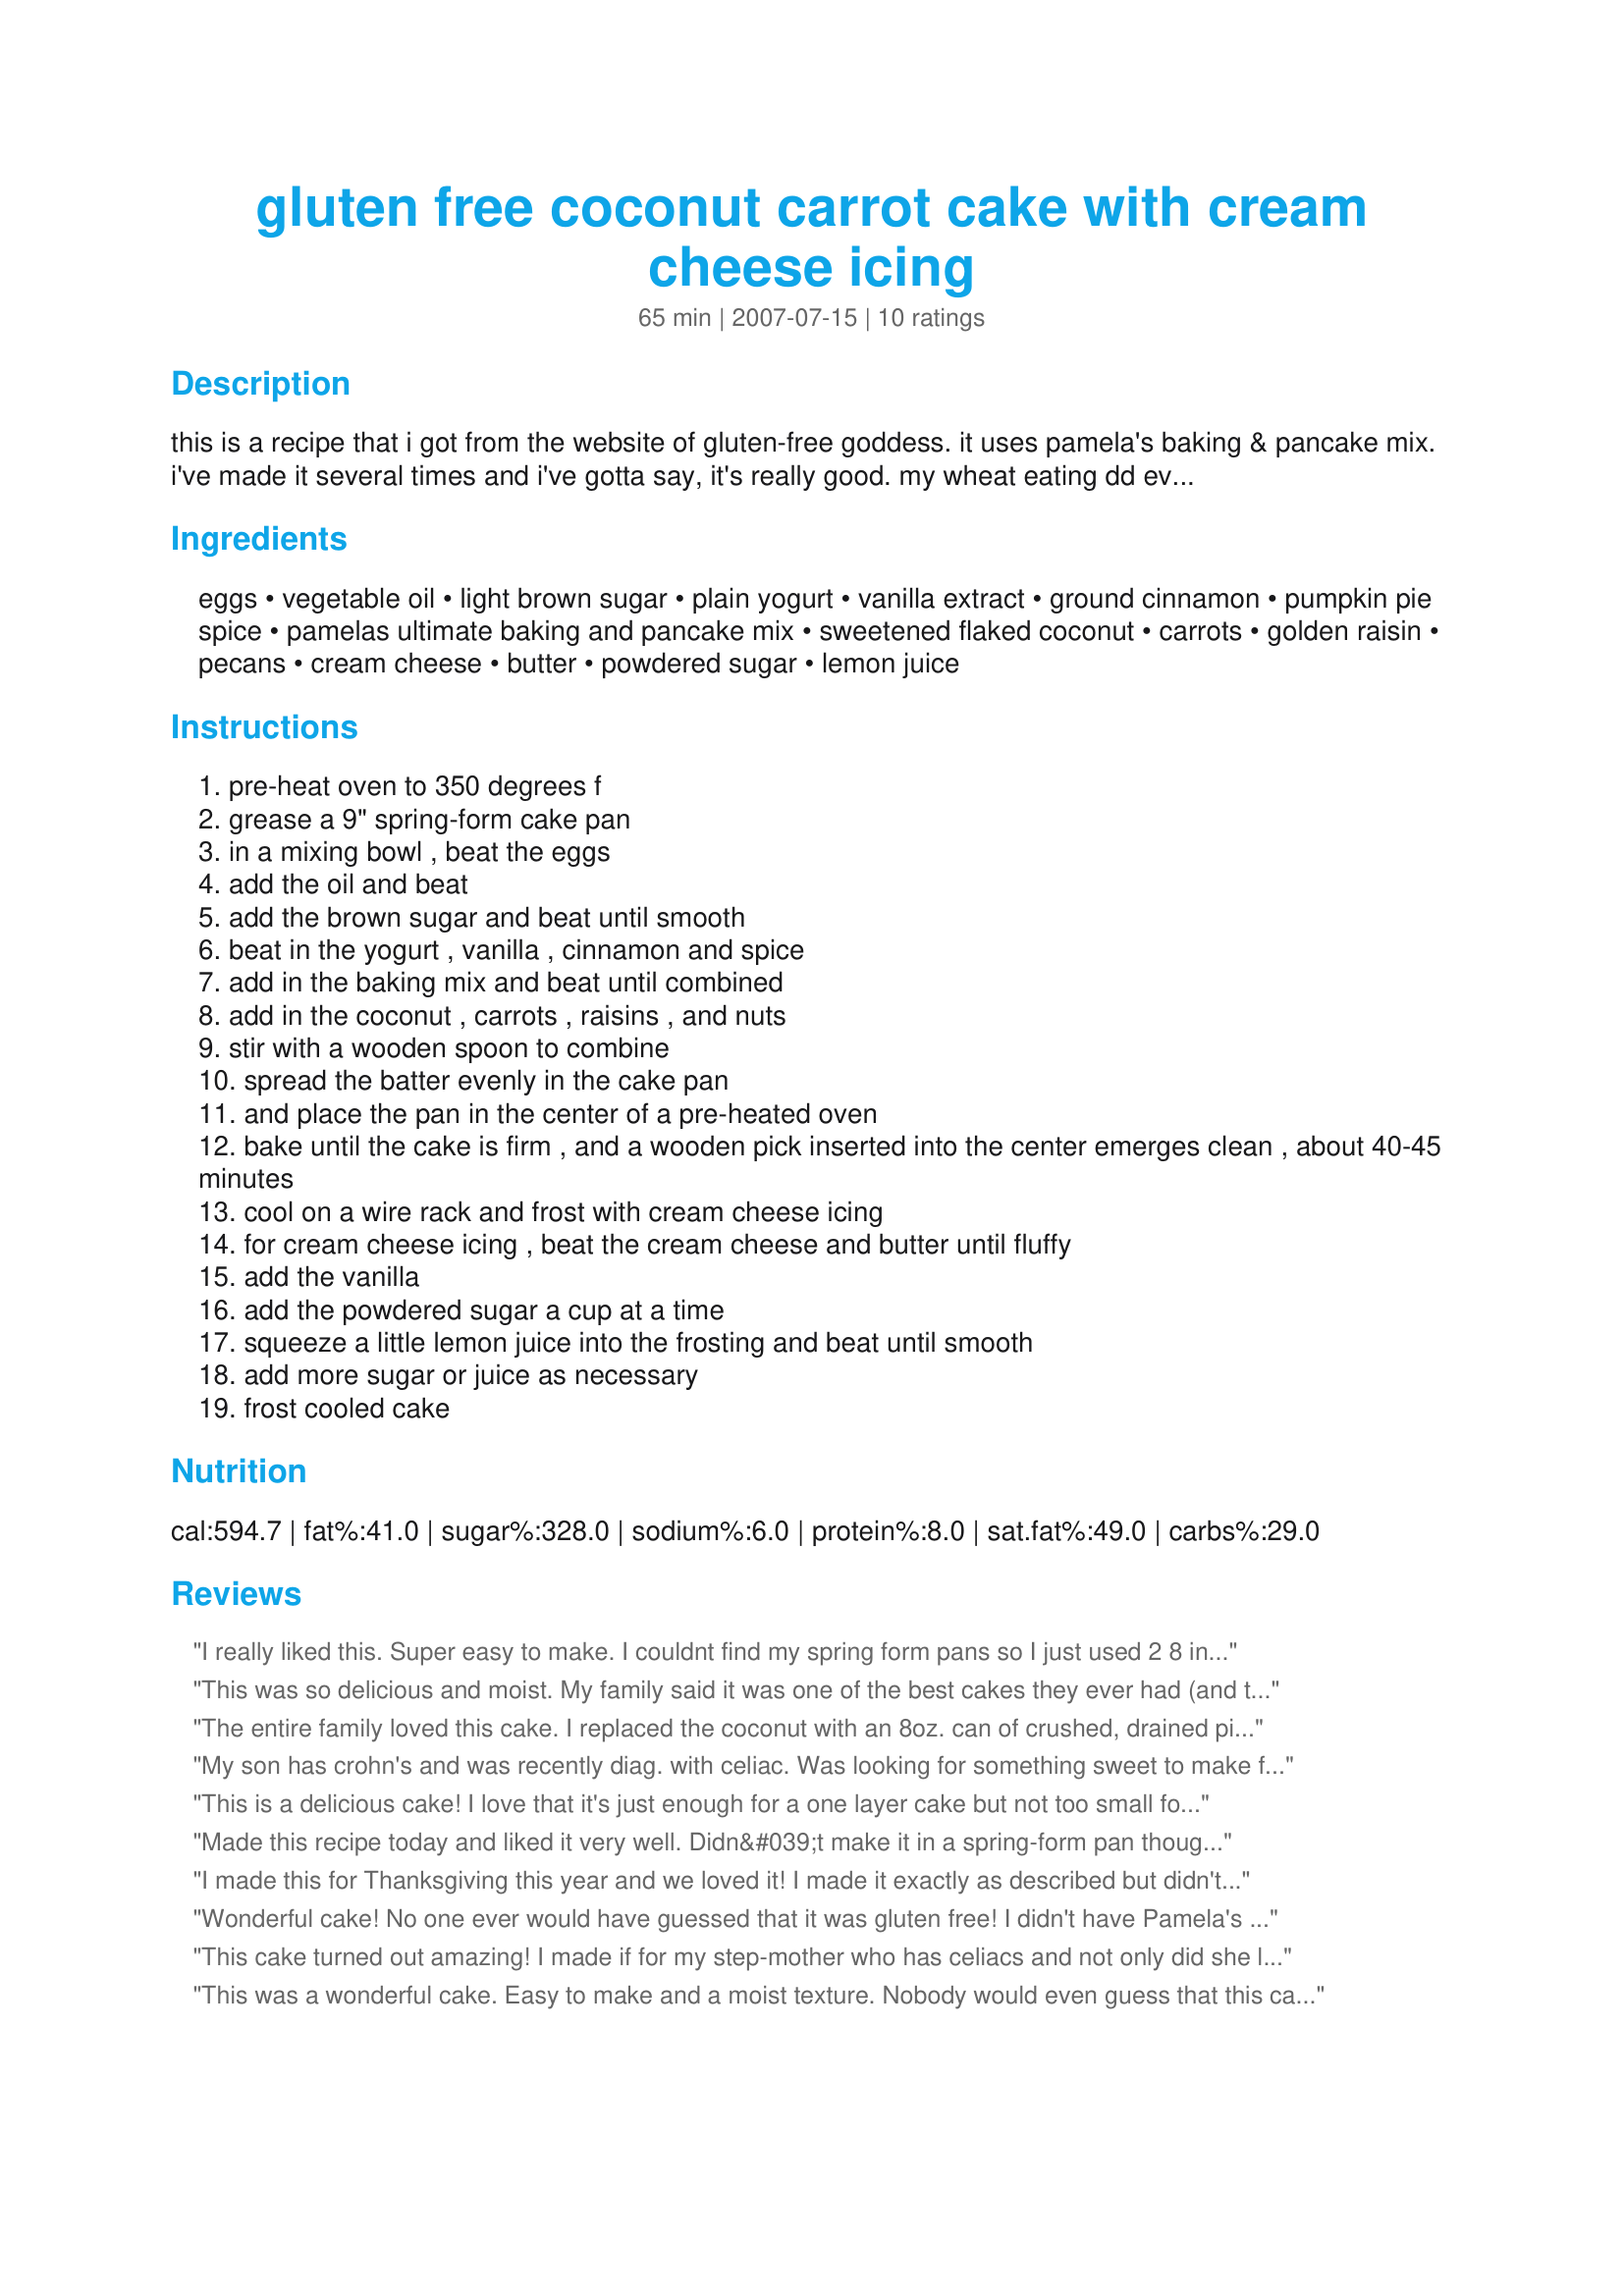
gluten free coconut carrot cake with cream cheese icing
Preparation time: 65 minutes

this is a recipe that i got from the website of gluten-free goddess. it uses pamela's baking & pancake mix. i've made it several times and i've gotta say, it's really good. my wheat eating dd even asked for it for her birthday. if you are gf/cf you can use canned pumpkin or applesauce in place of the yogurt and 2 cups of your flour mix plus 2 teaspoons of baking powder and 1 teaspoon of baking soda.

Ingredients:
eggs, vegetable oil, light brown sugar, plain yogurt, vanilla extract, ground cinnamon, pumpkin pie spice, pamelas ultimate baking and pancake mix, sweetened flaked coconut, carrots, golden raisin, pecans, cream cheese, butter, powdered sugar, lemon juice

Steps:
pre-heat oven to 350 degrees f
grease a 9" spring-form cake pan
in a mixing bowl , beat the eggs
add the oil and beat
add the brown sugar and beat until smooth
beat in the yogurt , vanilla , cinnamon and spice
add in the baking mix and beat until combined
add in the coconut , carrots , raisins , and nuts
stir with a wooden spoon to combine
spread the batter evenly in the cake pan
and place the pan in the center of a pre-heated oven
bake until the cake is firm , and a wooden pick inserted into the center emerges clean , about 40-45 minutes
cool on a wire rack and frost with cream cheese icing
for cream cheese icing , beat the cream cheese and butter until fluffy
add the vanilla
add the powdered sugar a cup at a time
squeeze a little lemon juice into the frosting and beat until smooth
add more sugar or juice as necessary
frost cooled cake

Reviews:
I really liked this. Super easy to make. I couldnt find my spring form pans so I just used 2 8 inch cake pans and made a doble layer cake. I didnt have enough icing to ice the whole thing so I just did both tops and stacked it. Looked lovely and taste just as good as it looks. Made for 123 Hits
This was so delicious and moist. My family said it was one of the best cakes they ever had (and they&#039;re not even gluten free!)
The entire family loved this cake.
I replaced the coconut with an 8oz.
can of crushed, drained pineapple.
My son has crohn's and was recently diag. with celiac. Was looking for something sweet to make for the 4th. Found this carrot cake and decided to make it, the only thing I changed was to add organic applesauce instead of the yogurt and baked it in a bunt pan. Was probably one of the best carrot cakes we've eaten, moist and yummy. I didn't make the icing but served with vanilla soy ice cream. This will be a staple in my house. THANKS!!!
This is a delicious cake! I love that it's just enough for a one layer cake but not too small for company either. I used applesauce in place of the yogurt and omitted the nuts. I was afraid to add pineapple, thinking that it would be too moist and fall but I think this cake could have pulled it off easily. Next time. I made 1-1/2 the icing recipe and it was perfect.
Made this recipe today and liked it very well. Didn&#039;t make it in a spring-form pan though. Instead, I made 18 cupcakes and baked them for 15 minutes. Unfortunately, the only ingredient I didn&#039;t have was the coconut (next time - for sure). I did like that it used the Pamela&#039;s Pancake Mix, because I always have that on hand. Without frosting, I&#039;d say these sort of have somewhat more of a soft muffin texture - over a tender cake texture. YUM! I ate three and froze the rest for later. Thanks for sharing, I bet with cream cheese frosting, they will be all the better!
I made this for Thanksgiving this year and we loved it! I made it exactly as described but didn't have a springform pan so I used 2 8" round pans and made it a double layer cake. It turned out great:) This was moist and you really can't even tell it's GF. Thank you!
Wonderful cake! No one ever would have guessed that it was gluten free! I didn't have Pamela's baking mix so used a GF flour mix with the baking soda and baking powder.
This cake turned out amazing! I made if for my step-mother who has celiacs and not only did she love it...so did the entire family. My husband said this was in his top 5 desserts that I've made. It was very moist and had tons of flavor. Didn't really make any modifications.
This was a wonderful cake. Easy to make and a moist texture. Nobody would even guess that this cake was gluten-free. I used a good flour mix with the baking powder and soda as suggested -due to being unable to source Pamela's Baking & Pncake Mix. Also used dark raisins as golden raisins also dont seem to be available here. I think that easily 12 slices could be served from this cake. Thanks LARavenscroft for sharing a wonderful recipe- I wouldn't bother looking further for a great gluten-free carrot cake recipe. Photos also being posted
